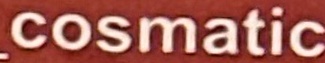
cosmatic